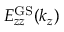
E _ { z z } ^ { \mathrm { G S } } ( k _ { z } )